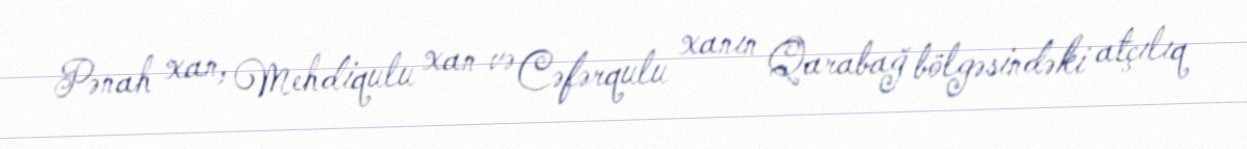
Pənah xan, Mehdiqulu xan və Cəfərqulu xanın Qarabağ bölgəsindəki atçılıq